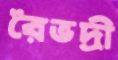
রৈভদ্রী